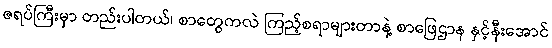
ဇရပ်ကြီးမှာ တည်းပါတယ်၊ စာတွေကလဲ ကြည့်စရာများတာနဲ့ စာဖြေဌာန နှင့်နီးအောင်